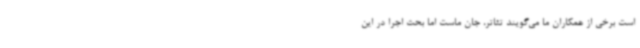
است برخی از همکاران ما می‌گویند تئاتر، جان ماست اما بحث اجرا در این